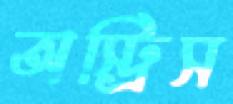
অস্ট্রিস